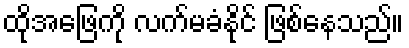
ထိုအဖြေကို လက်မခံနိုင် ဖြစ်နေသည်။